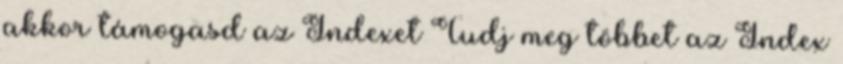
akkor támogasd az Indexet Tudj meg többet az Index